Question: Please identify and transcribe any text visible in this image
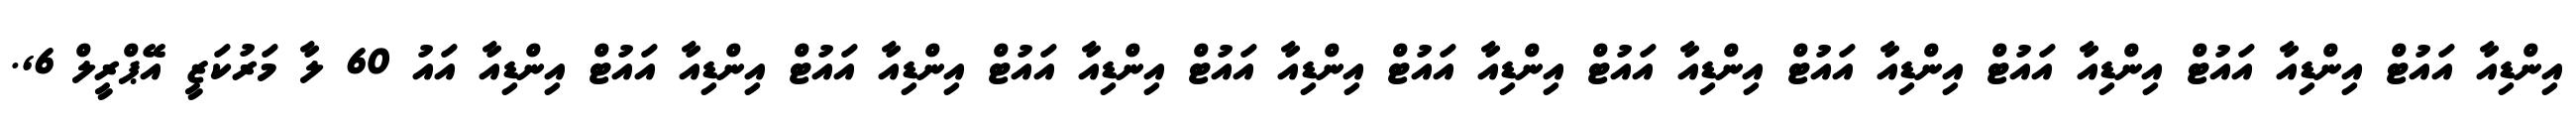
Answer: އިންޑިއާ އައުޓް އިންޑިއާ އައުޓް އިންޑިއާ އައުޓް އިންޑިއާ އައުޓް އިންޑިއާ އައުޓް އިންޑިއާ އައުޓް އިންޑިއާ އައުޓް އިންޑިއާ އައުޓް އިންޑިއާ އައުޓް އިންޑިއާ އައުޓް އިންޑިއާ އައު 60 ލާ މަރުކަޒީ އޭޕްރީލް 6,.